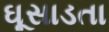
ઘૂસાડતા